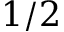
1 / 2